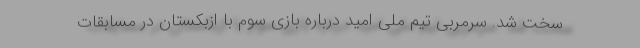
سخت شد. سرمربی تیم ملی امید درباره بازی سوم با ازبکستان در مسابقات